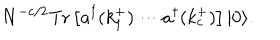
N ^ { - c / 2 } \mathrm { T r } \left[ a ^ { \dagger } ( k _ { 1 } ^ { + } ) \cdots a ^ { \dagger } ( k _ { c } ^ { + } ) \right] | 0 \rangle .